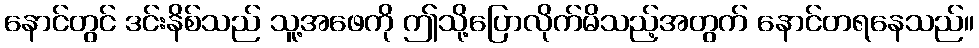
နောင်တွင် ဒင်းနိစ်သည် သူ့အဖေကို ဤသို့ပြောလိုက်မိသည့်အတွက် နောင်တရနေသည်။